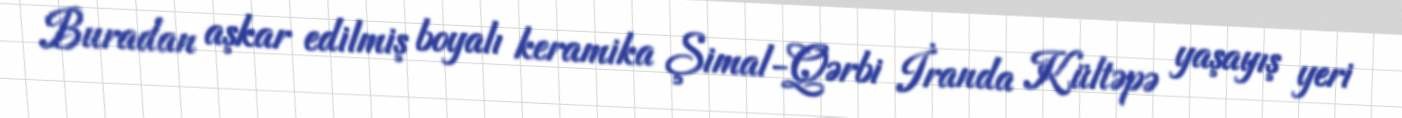
Buradan aşkar edilmiş boyalı keramika Şimal-Qərbi İranda Kültəpə yaşayış yeri